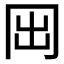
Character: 𠕐